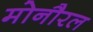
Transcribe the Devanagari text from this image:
मोनौरल